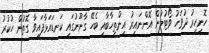
ހޮނިހިރު ދުވަހު ވޯޓުލުން އޮންނައިރު އިންތިހާބާއި ބެހޭ ގާނޫނުގައި ކަނޑައަޅާފައިވާ ގޮތުން ހުކުރު